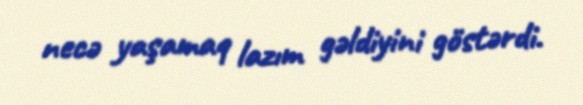
necə yaşamaq lazım gəldiyini göstərdi.